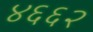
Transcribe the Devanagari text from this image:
४६६२